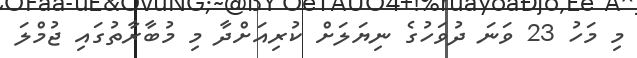
މި މަހު 23 ވަނަ ދުވަހުގެ ނިޔަލަށް ކުރިއަށްދާ މި މުބާރާތުގައި ޖުމްލަ